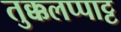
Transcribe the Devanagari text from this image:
तुक्कलप्पाट्ट